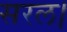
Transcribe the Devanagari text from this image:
सरल।